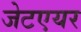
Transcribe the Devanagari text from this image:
जेटएयर